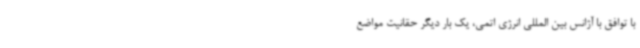
با توافق با آژانس بین المللی انرژی اتمی، یک بار دیگر حقانیت مواضع